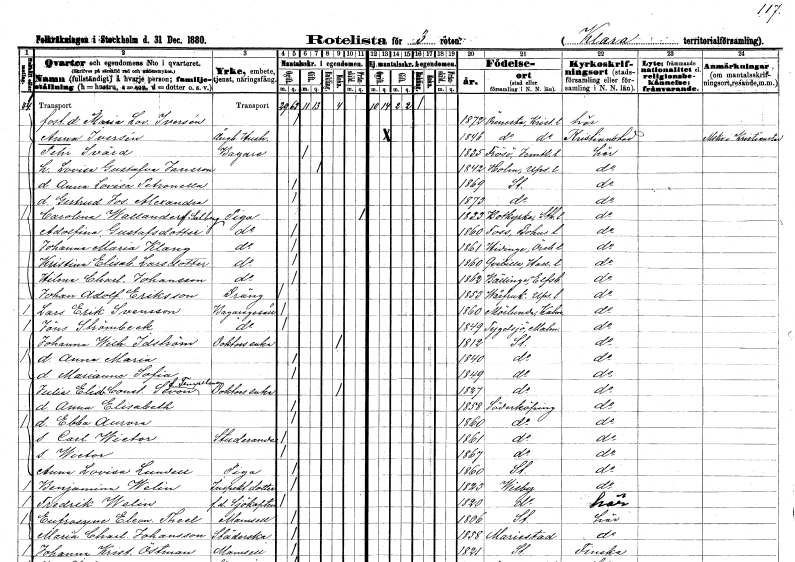
gt_parse: households: individuals: FN: Maria Lovisa
EN: Iversén
KON: K
CIV: O
FODAR: 1872
FODFORS: Önnestad Kristianstads län
FN: Anna
EN: Iversén
YRKE: Ångbåtshush.??
KON: K
CIV: O
FODAR: 1846
FODFORS: Önnestad Kristianstads län
FN: Pehr
EN: Svärd
YRKE: Bagare
KON: M
CIV: G
FODAR: 1835
FODFORS: Frösö Jämtlands län
FN: Lovisa Gustafva
EN: Jansson
KON: K
CIV: G
FODAR: 1842
FODFORS: Holm Uppsala län
FN: Anna Lovisa Petronella
KON: K
CIV: O
FODAR: 1869
FODFORS: Stockholm
FN: Gertrud Josefina Alexandra
KON: K
CIV: O
FODAR: 1873
FODFORS: Stockholm
FN: Carolina
EN: Wallander Salberg
YRKE: Piga
KON: K
CIV: X
FODAR: 1833
FODFORS: Botkyrka Stockholms län
FN: Adolfina
EN: Gustafsdotter
YRKE: Piga
KON: K
CIV: O
FODAR: 1860
FODFORS: Foss Göteborgs- och Bohuslän
FN: Johanna Maria
EN: Klang
YRKE: Piga
KON: K
CIV: O
FODAR: 1861
FODFORS: Hidinge Örebro län
FN: Kristina Elisabet
EN: Larsdotter
KON: K
CIV: O
FODAR: 1860
FODFORS: Kvibille Hallands län
FN: Hilma Charlotta
EN: Johansson
YRKE: Piga
KON: K
CIV: O
FODAR: 1862
FODFORS: Bälinge Älvsborgs län
FN: Johan Adolf
EN: Eriksson
YRKE: Dräng
KON: M
CIV: O
FODAR: 1853
FODFORS: Vårfrukyrka Uppsala län
FN: Lars Erik
EN: Svensson
YRKE: Bagaregesäll
KON: M
CIV: O
FODAR: 1860
FODFORS: Mörlunda Kalmar län
FN: Jöns
EN: Strömbeck
YRKE: Bagaregesäll
KON: M
CIV: O
FODAR: 1849
FODFORS: Tygelsjö Malmöhus län
FN: Johanna Wilhelmina
EN: Idström
YRKE: Doktorsänka
KON: K
CIV: E
FODAR: 1812
FODFORS: Stockholm
FN: Anna Maria
KON: K
CIV: O
FODAR: 1840
FODFORS: Stockholm
FN: Marianne Sofia
KON: K
CIV: O
FODAR: 1849
FODFORS: Stockholm
FN: Julia Elisabet Constantia
EN: Sevon Tempelman
YRKE: Doktorsänka
KON: K
CIV: E
FODAR: 1827
FODFORS: Stockholm
FN: Anna Elisabeth
KON: K
CIV: O
FODAR: 1858
FODFORS: Söderköping Östergötlands län
FN: Ebba Aurora
KON: K
CIV: O
FODAR: 1860
FODFORS: Söderköping Östergötlands län
FN: Carl Wictor
YRKE: Studerande
KON: M
CIV: O
FODAR: 1861
FODFORS: Söderköping Östergötlands län
FN: Wictor
KON: M
CIV: O
FODAR: 1867
FODFORS: Söderköping Östergötlands län
FN: Anna Lovisa
EN: Lundell
YRKE: Piga
KON: K
CIV: O
FODAR: 1860
FODFORS: Stockholm
FN: Benjamin
EN: Welin
YRKE: Inspektorsdotter
KON: K
CIV: O
FODAR: 1823
FODFORS: Visby Gotlands län
FN: Fredrik
EN: Welin
YRKE: Sjökapten f.d.
KON: M
CIV: O
FODAR: 1820
FODFORS: Visby Gotlands län
FN: Eufrosyne Eleonora
EN: Theel
KON: K
CIV: O
FODAR: 1806
FODFORS: Stockholm
FN: Maria Charlotta
EN: Johansson
YRKE: Städerska
KON: K
CIV: O
FODAR: 1858
FODFORS: Mariestad Skaraborgs län
FN: Johanna Kristina
EN: Östman
KON: K
CIV: O
FODAR: 1821
FODFORS: Stockholm